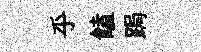
乎饁跼